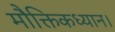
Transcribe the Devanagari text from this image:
मौक्तिकध्यान।